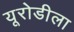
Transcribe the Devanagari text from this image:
यूरोडीला